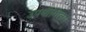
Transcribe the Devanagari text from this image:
उपयोगिता।